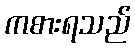
ကစားရသည်